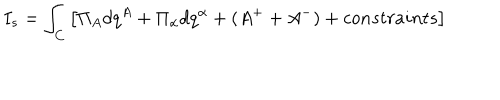
LaTeX: I _ { s } = \int _ { C } \left[ \Pi _ { A } d q ^ { A } + \Pi _ { \alpha } d q ^ { \alpha } + ( A ^ { + } + A ^ { - } ) + c o n s t r a i n t s \right]